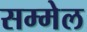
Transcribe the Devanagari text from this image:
सम्मेल